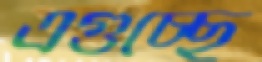
এগুচ্ছে